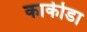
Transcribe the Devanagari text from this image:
काकीडा